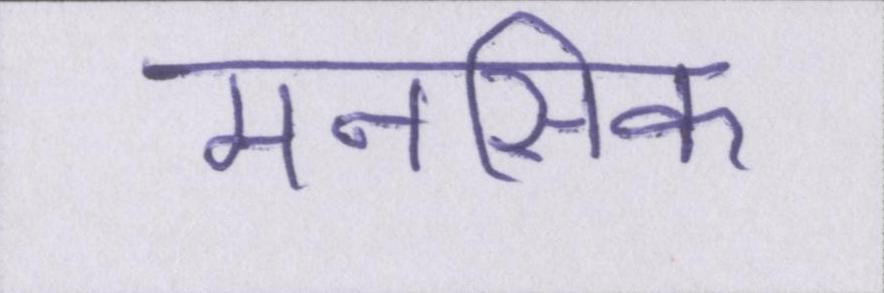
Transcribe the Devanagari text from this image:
मनसिक